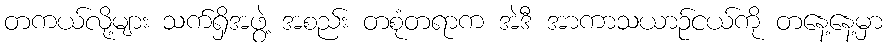
တကယ်လို့များ သက်ရှိအဖွဲ့ အစည်း တစုံတရာက အဲဒီ အာကာသယာဉ်ငယ်ကို တနေ့နေ့မှာ